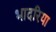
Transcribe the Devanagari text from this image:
भादरिया